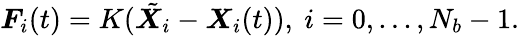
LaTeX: \boldsymbol F_{i}(t)=K(\tilde{\boldsymbol X_{i}}-\boldsymbol X_{i}(t)),\ i=0,...,N_{b}-1.